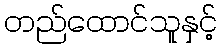
တည်ထောင်သူနှင့်